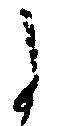
に